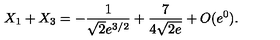
X _ { 1 } + X _ { 3 } = - { \frac { 1 } { \sqrt { 2 } e ^ { 3 / 2 } } } + { \frac { 7 } { 4 \sqrt { 2 e } } } + O ( e ^ { 0 } ) .